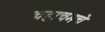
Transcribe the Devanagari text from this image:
चहाचमचे